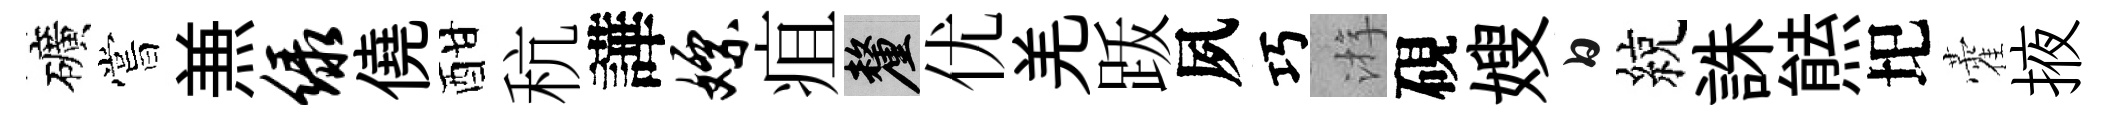
礦嘗𠔥绿僥酣秔譁嫖疽厘优羌䟦夙巧㳺硯嫂白綂誅㷱圯藿掖